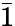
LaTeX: \bar{1}